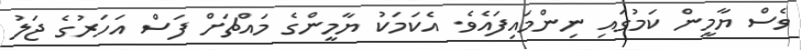
ވެސް ޔާމީން ކަމުގައި ނިންމައިފައެވެ. އެކަމަކު ޔާމީންގެ މައްޗަށް ފަސް އަހަރުގެ ޖަލު